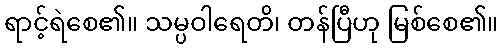
ရာင့်ရဲစေ၏။ သမ္ပဝါရေတိ၊ တန်ပြီဟု မြစ်စေ၏။